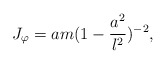
\begin{align*}J_{\varphi }=am(1-\frac{a^{2}}{l^{2}})^{-2}, \end{align*}